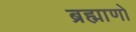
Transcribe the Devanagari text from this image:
ब्रह्माणो